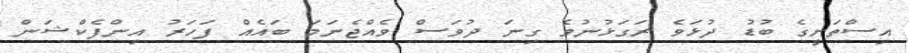
އިސްތަށީގެ ބުޑު ދުޅަވެ ރަގަޅުނުވެ ގިނަ ދުވަސް ވެއްޖެނަމަ ބައެއް ފަހަރު އިންފެކްޝަން